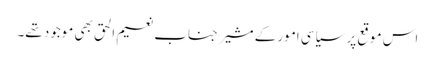
اس موقع پر سیاسی امور کے مشیر جناب نعیم الحق بھی موجود تھے۔